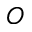
O